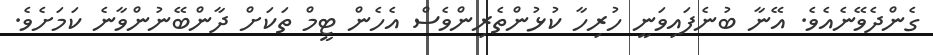
ގެންދެވޭނެއެވެ. އޭނާ ބުނެފައިވަނީ ހުރިހާ ކުޅުންތެރިންވެސް އެހެން ޓީމް ތަކަށް ދާންބޭނުންވާނެ ކަމަށެވެ.